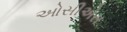
ઓસીએસ